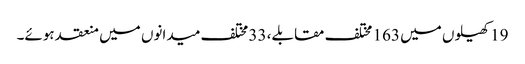
19 کھیلوں میں 163 مختلف مقابلے، 33 مختلف میدانوں میں منعقد ہوئے۔